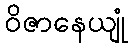
ဝိဇာနေယျုံ